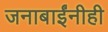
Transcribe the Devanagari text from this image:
जनाबाईंनीही